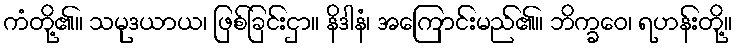
ကံတို့၏။ သမုဒယာယ၊ ဖြစ်ခြင်းငှာ။ နိဒါနံ၊ အကြောင်းမည်၏။ ဘိက္ခဝေ၊ ရဟန်းတို့။